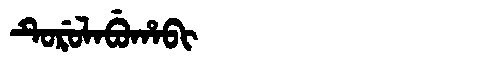
Manchu: ᡨᡠᡵᡠᠯᠠᠪᡠᡥᠠᠪᡳ
Romanization: TURULABUHABI